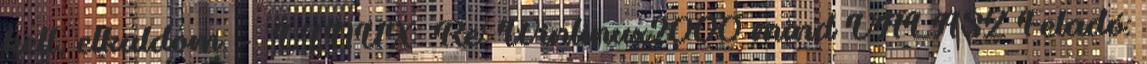
kell, elkuldom. - LINUX Re: Winlinux2000 mind VÁLASZ Feladó: